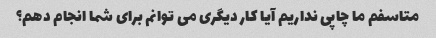
متاسفم ما چاپی نداریم آیا کار دیگری می توانم برای شما انجام دهم؟